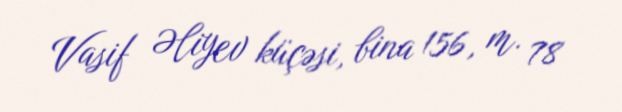
Vasif Əliyev küçəsi, bina 156, m. 78